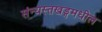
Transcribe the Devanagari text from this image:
संन्यस्तखड्गमधील